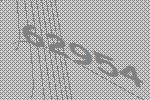
62954